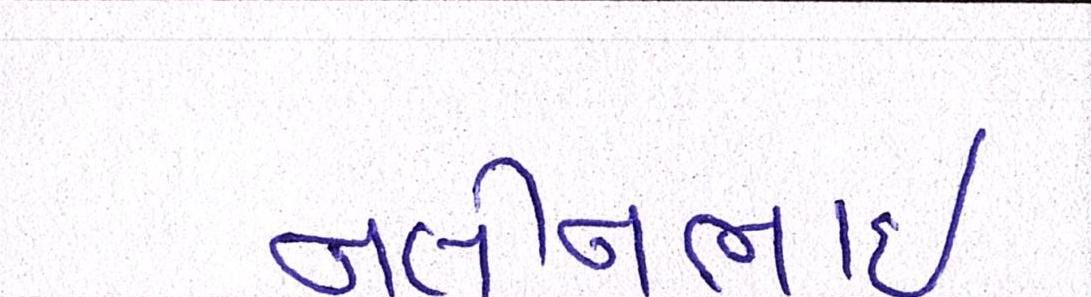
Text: નલીનભાઈ